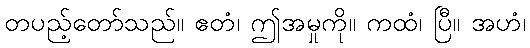
တပည့်တော်သည်။ ဧတံ၊ ဤအမှုကို။ ကထံ၊ ပြီ။ အဟံ၊